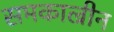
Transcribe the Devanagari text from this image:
समकाल्रीन